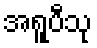
အရူပီသု